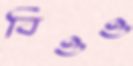
বিওও